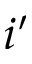
i ^ { \prime }